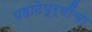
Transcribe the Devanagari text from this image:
पहाटेपूर्वींचा